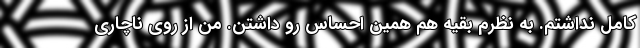
کامل نداشتم. به نظرم بقیه هم همین احساس رو داشتن. من از روی ناچاری